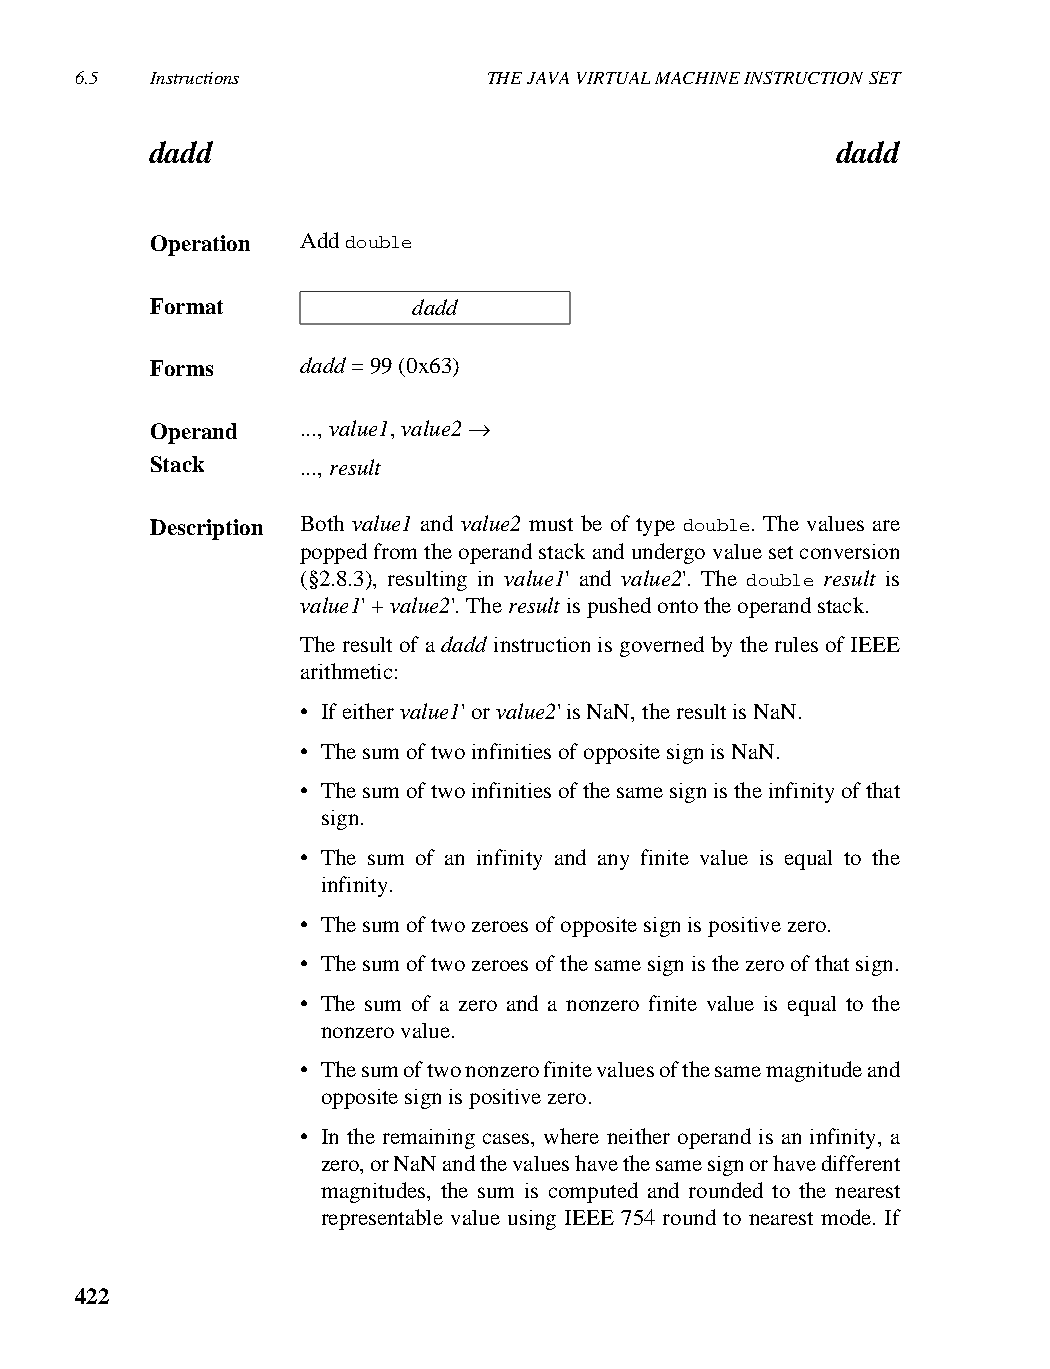
6.5  Instructions          THE JAVA VIRTUAL MACHINE INSTRUCTION SET
 dadd                                         dadd
 Operation Add double
 Format           dadd
 Forms     dadd = 99 (0x63)
 Operand   ..., value1, value2 →
 Stack     ..., result
 Description Both value1 and value2 must be of type double. The values are
 popped from the operand stack and undergo value set conversion
 (§2.8.3), resulting in value1' and value2'. The double result is
 value1' + value2'. The result is pushed onto the operand stack.
 The result of a dadd instruction is governed by the rules of IEEE
 arithmetic:
 • If either value1' or value2' is NaN, the result is NaN.
 • The sum of two infinities of opposite sign is NaN.
 • The sum of two infinities of the same sign is the infinity of that
 sign.
 • The sum of an infinity and any finite value is equal to the
 infinity.
 • The sum of two zeroes of opposite sign is positive zero.
 • The sum of two zeroes of the same sign is the zero of that sign.
 • The sum of a zero and a nonzero finite value is equal to the
 nonzero value.
 • The sum of two nonzero finite values of the same magnitude and
 opposite sign is positive zero.
 • In the remaining cases, where neither operand is an infinity, a
 zero, or NaN and the values have the same sign or have different
 magnitudes, the sum is computed and rounded to the nearest
 representable value using IEEE 754 round to nearest mode. If
 422